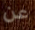
عن